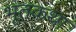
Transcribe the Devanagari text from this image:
भूतकथा